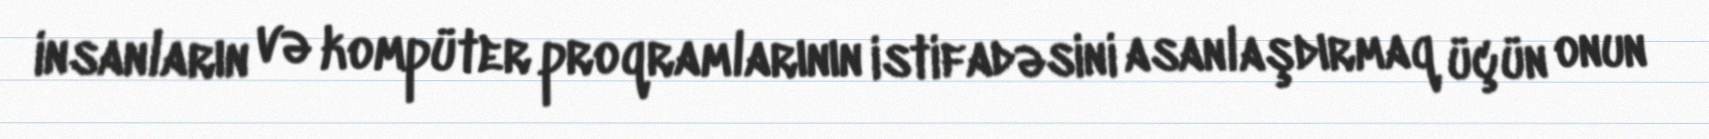
insanların və kompüter proqramlarının istifadəsini asanlaşdırmaq üçün onun